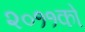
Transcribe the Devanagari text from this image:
२०११को